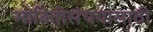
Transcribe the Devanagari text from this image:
माहितीसंचयासाठी